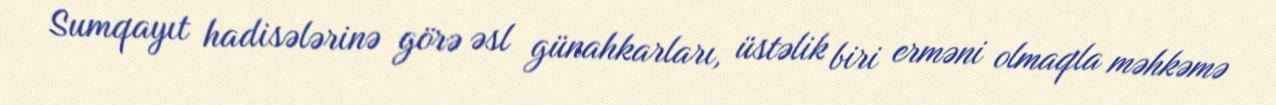
Sumqayıt hadisələrinə görə əsl günahkarları, üstəlik biri erməni olmaqla məhkəmə